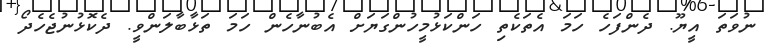
ނުވަތަ އީޔޫ. ދެންފަހެ ހަމަ އެތަކެތި ހަންކަޅުމީހުންގަޔަށް އެބުނާހެން ހަމަ ތަޅާބާލަންވީ. ދެކޮޅުނުޖެހެދޯ